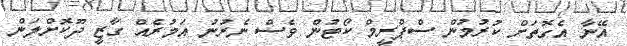
އޭނާ އެގޮތަށް ކުރުމުން ސްޕްރީމް ކޯޓުން ވެސް ނެރުނު އަމުރެއް ގާޒީ ދޫކޮށްލަން